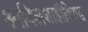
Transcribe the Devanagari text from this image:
आदिलशाहीविरुद्ध